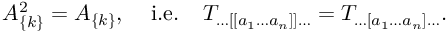
{ \cal A } _ { \{ k \} } ^ { 2 } = { \cal A } _ { \{ k \} } , \; \; \; \; \mathrm { i . e . } \; \; \; \; T _ { \ldots [ [ a _ { 1 } \ldots a _ { n } ] ] \ldots } = T _ { \ldots [ a _ { 1 } \ldots a _ { n } ] \ldots } .